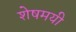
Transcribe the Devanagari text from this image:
शेषमयी